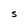
Character: S